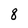
Character: 8